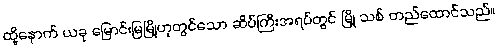
ထို့နောက် ယခု မြောင်းမြမြို့ဟုတွင်သော ဆိပ်ကြီးအရပ်တွင် မြို့ သစ် တည်ထောင်သည်။